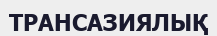
ТРАНСАЗИЯЛЫҚ